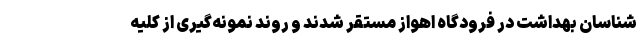
شناسان بهداشت در فرودگاه اهواز مستقر شدند و روند نمونه‌گیری از کلیه